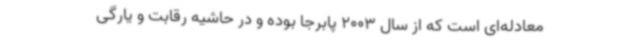
معادله‌ای است که از سال 2003 پابرجا بوده و در حاشیه رقابت و یارگی